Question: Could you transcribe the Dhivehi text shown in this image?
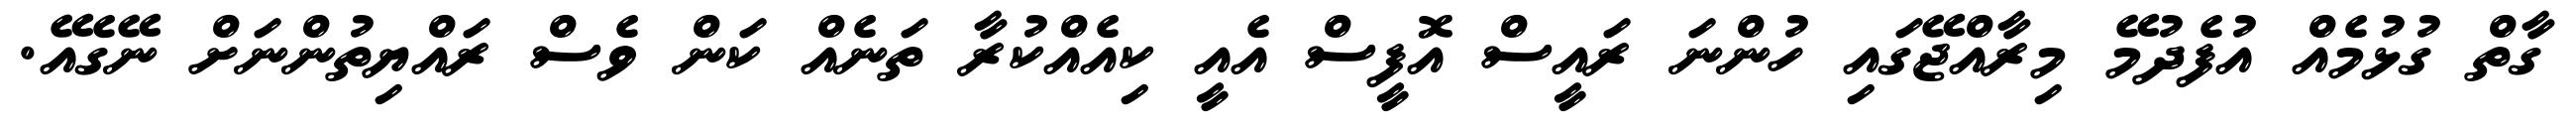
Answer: ގާތް ގުޅުމެއް އުފެދުމޭ މިރާއްޖޭގައި ހުންނަ ރައީސް އޮފީސް އެއީ ކިއެއްކުރާ ތަނެއް ކަން ވެސް ރައްޔިތުންނަށް ނޭގެއޭ.